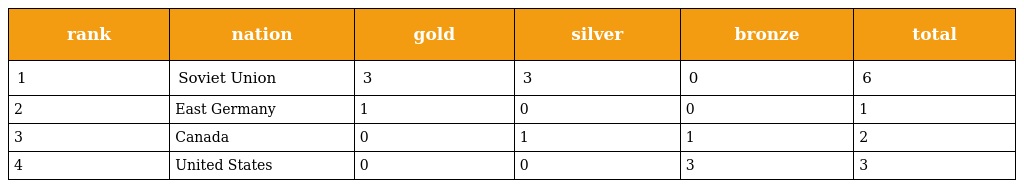
| rank | nation | gold | silver | bronze | total |
 | --- | --- | --- | --- | --- | --- |
 | 1 | Soviet Union | 3 | 3 | 0 | 6 |
 | 2 | East Germany | 1 | 0 | 0 | 1 |
 | 3 | Canada | 0 | 1 | 1 | 2 |
 | 4 | United States | 0 | 0 | 3 | 3 |